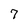
Character: 7